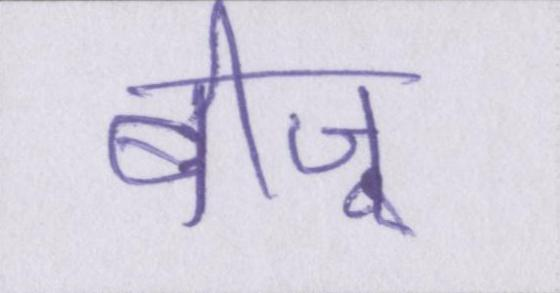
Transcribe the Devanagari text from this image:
बीजू